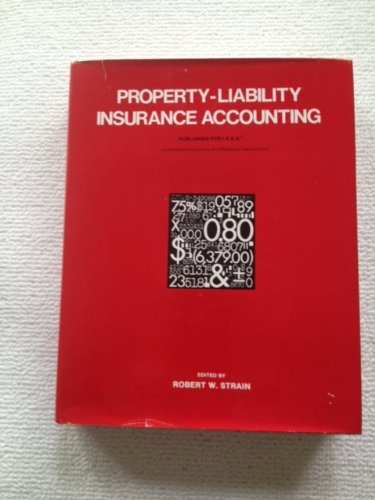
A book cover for Property-Liability Insurance Accounting; Business & Money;